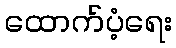
ထောက်ပံ့ရေး